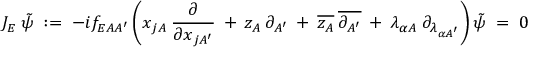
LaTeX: J _ { E } \: \tilde { \psi } \; : = \; - i f _ { E A A ^ { \prime } } \left( x _ { j A } \: \frac { \partial } { \partial x _ { j A ^ { \prime } } } \: + \: z _ { A } \: \partial _ { A ^ { \prime } } \: + \: \overline { { { z _ { A } } } } \: \overline { { { \partial _ { A ^ { \prime } } } } } \: + \: \lambda _ { \alpha A } \: \partial _ { \lambda _ { \alpha A ^ { \prime } } } \right) \tilde { \psi } \; = \; 0